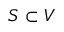
S \subset V